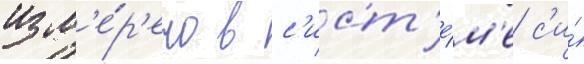
изм'е́р'ено в с'ист'е́м'е с'и́